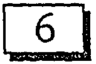
6